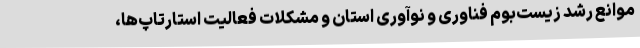
موانع رشد زیست‌بوم فناوری و نوآوری استان و مشکلات فعالیت استارتاپ‌ها،